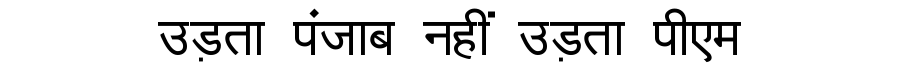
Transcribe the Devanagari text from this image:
उड़ता पंजाब नहीं उड़ता पीएम